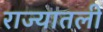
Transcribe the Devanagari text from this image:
राज्यातली